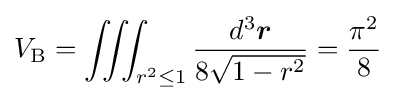
V_{\text{B}}=\iiint _{r^{2}\leq 1}{\frac {d^{3}{\boldsymbol {r}}}{8{\sqrt {1-r^{2}}}}}={\frac {\pi ^{2}}{8}}